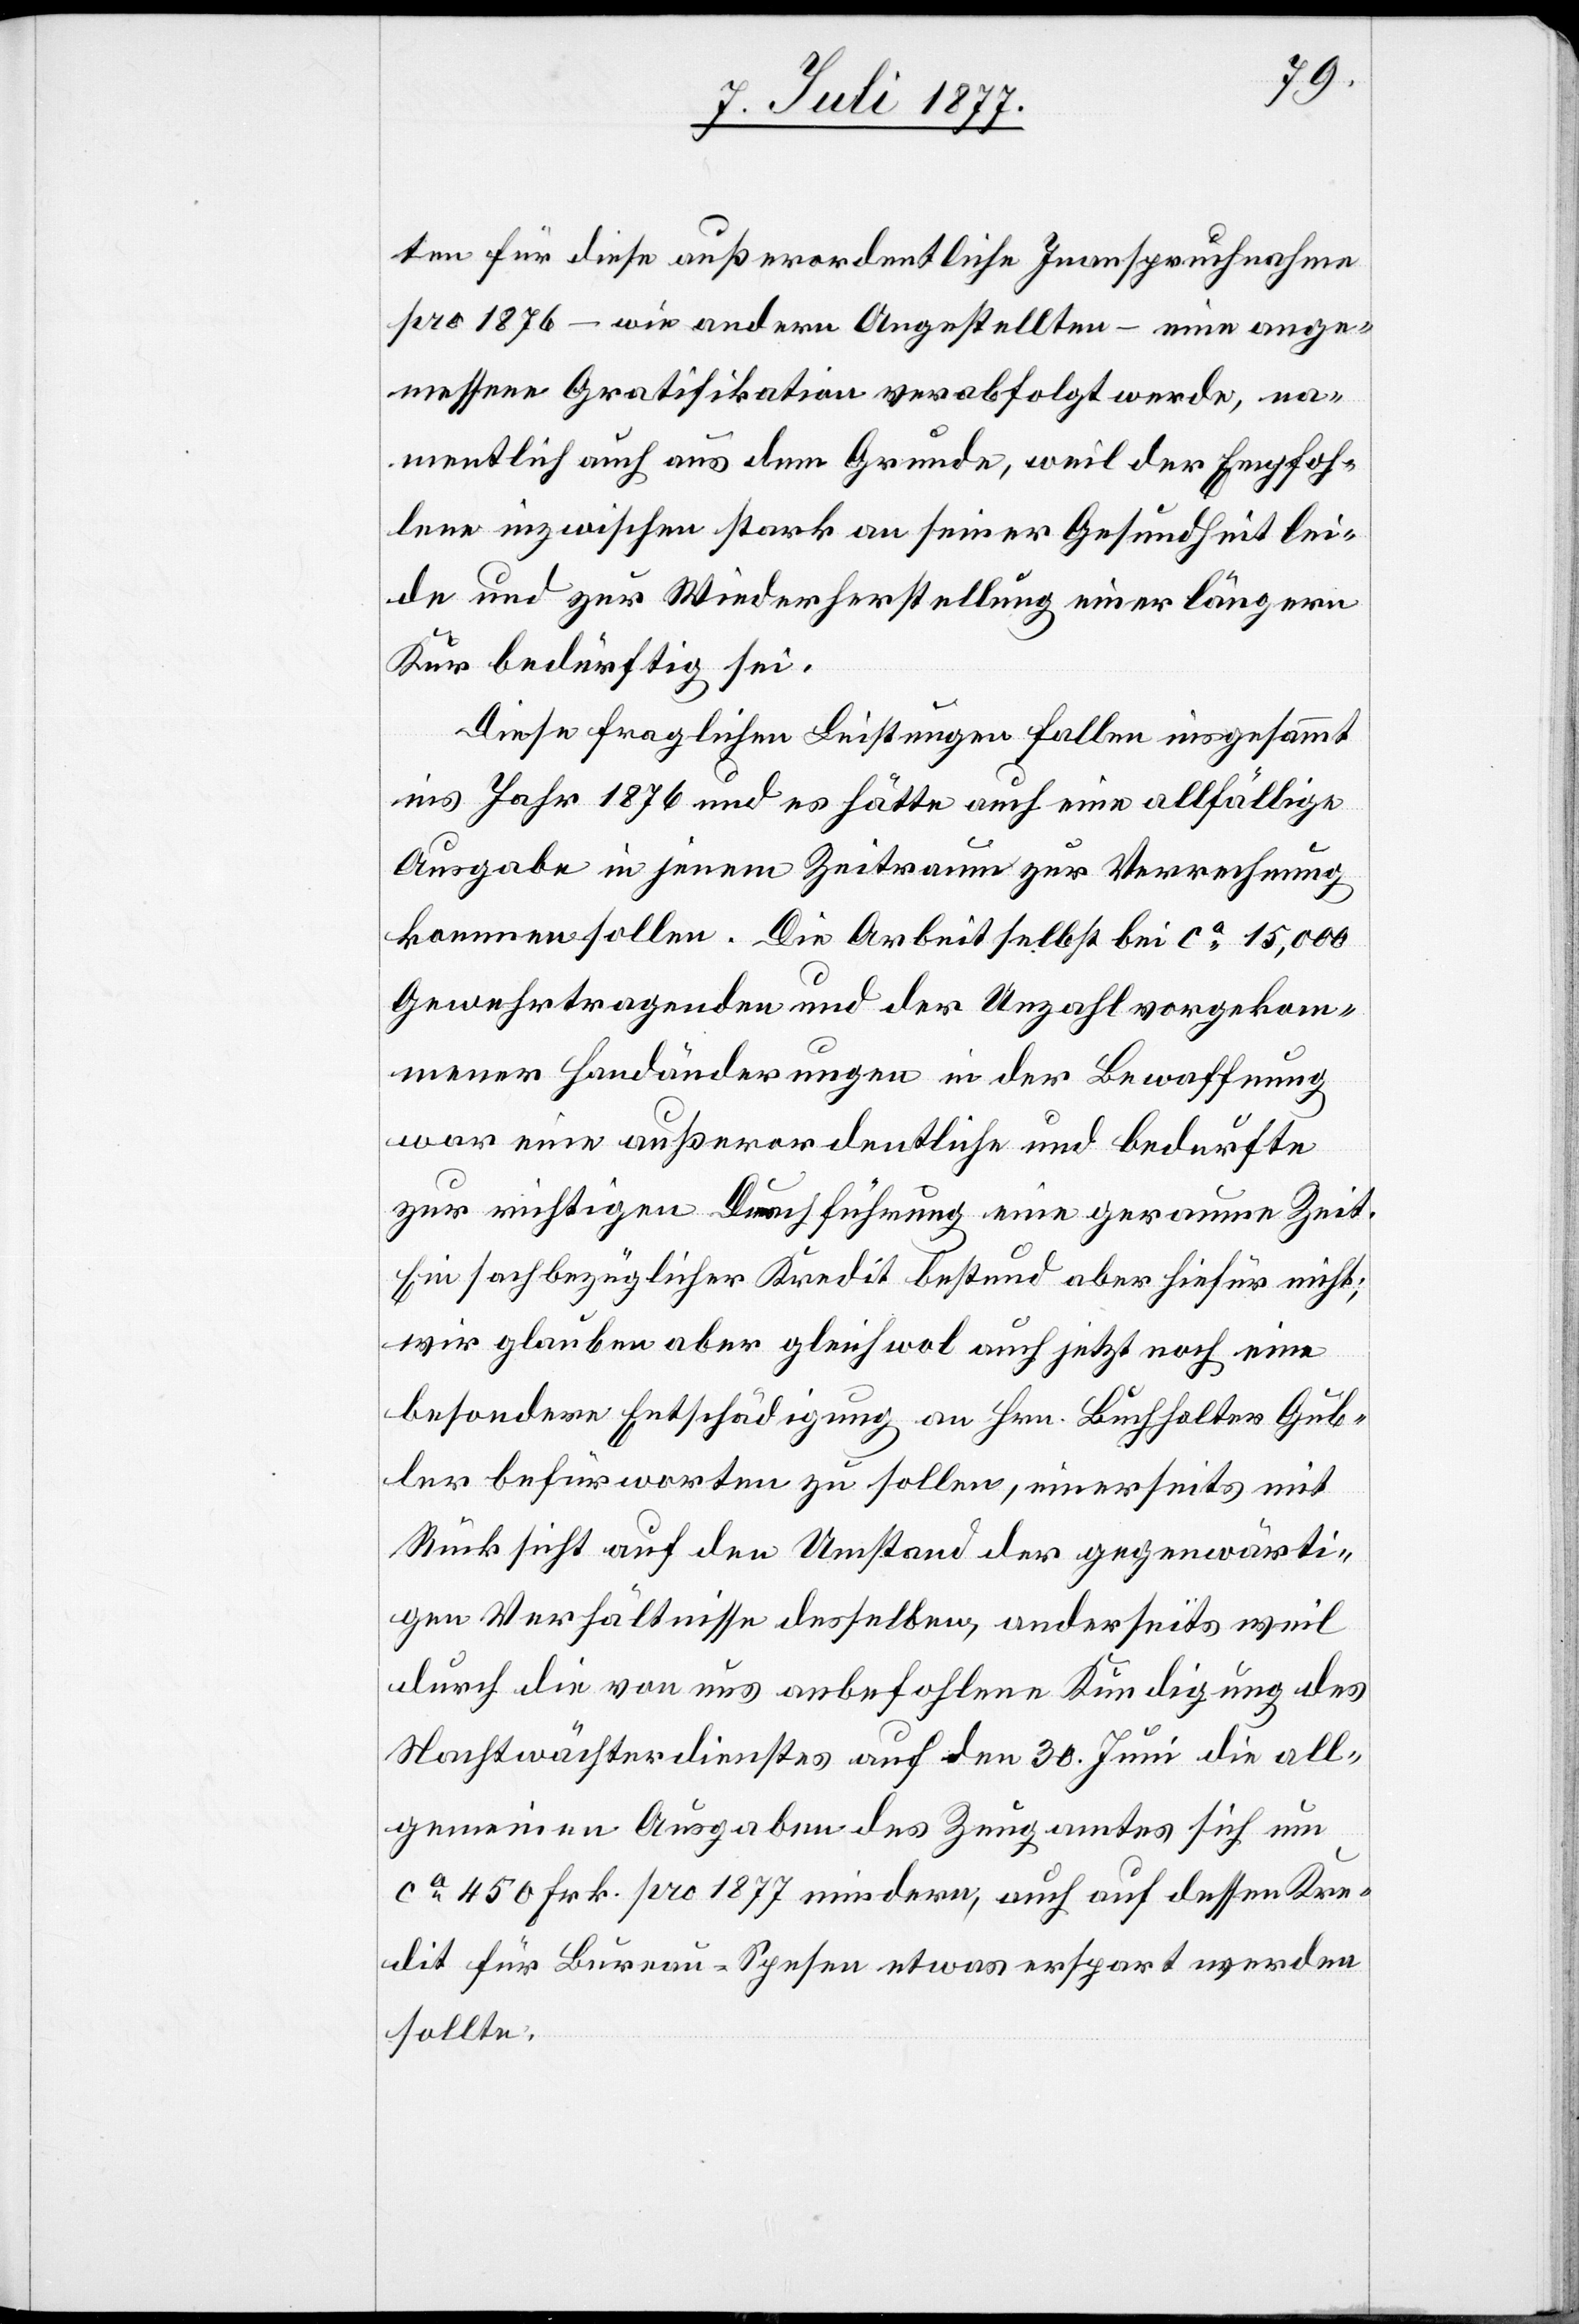
ten für diese außerordentliche Inanspruchnahme
pro 1876 – wie andern Angestellten – eine ange¬
messene Gratifikation verabfolgt werde, na¬
mentlich auch aus dem Grunde, weil der Empfoh¬
lene inzwischen stark an seiner Gesundheit lei¬
de und zur Wiederherstellung einer längern
Kur bedürftig sei.
Diese fraglichen Leistungen fallen insgesammt
ins Jahr 1876 und es hätte auch eine allfällige
Ausgabe in jenem Zeitraum zur Verrechnung
kommen sollen. Die Arbeit selbst bei ca 15,000
Gewehrtragenden und der Unzahl vorgekom¬
mener Handänderungen in der Bewaffnung
war eine außerordentliche und bedurfte
zur richtigen Durchführung eine geraume Zeit.
Ein sachbezüglicher Kredit bestund aber hiefür nicht;
wir glauben aber gleichwol auch jetzt noch eine
besondere Entschädigung an Hrn. Buchhalter Gub¬
ler befürworten zu sollen, einerseits mit
Rücksicht auf den Umstand der gegenwärti¬
gen Verhältnisse desselben, anderseits weil
durch die von uns anbefohlene Kündigung des
Nachtwächterdienstes auf den 30. Juni die all¬
gemeinen Ausgaben des Zeugamtes sich um
ca 450 Frk. pro 1877 mindern, auch auf dessen Kre¬
dit für Bureau-Spesen etwas erspart werden
sollte.